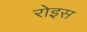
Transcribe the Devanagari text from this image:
रोइस